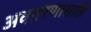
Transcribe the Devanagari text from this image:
अवतरणासाठी